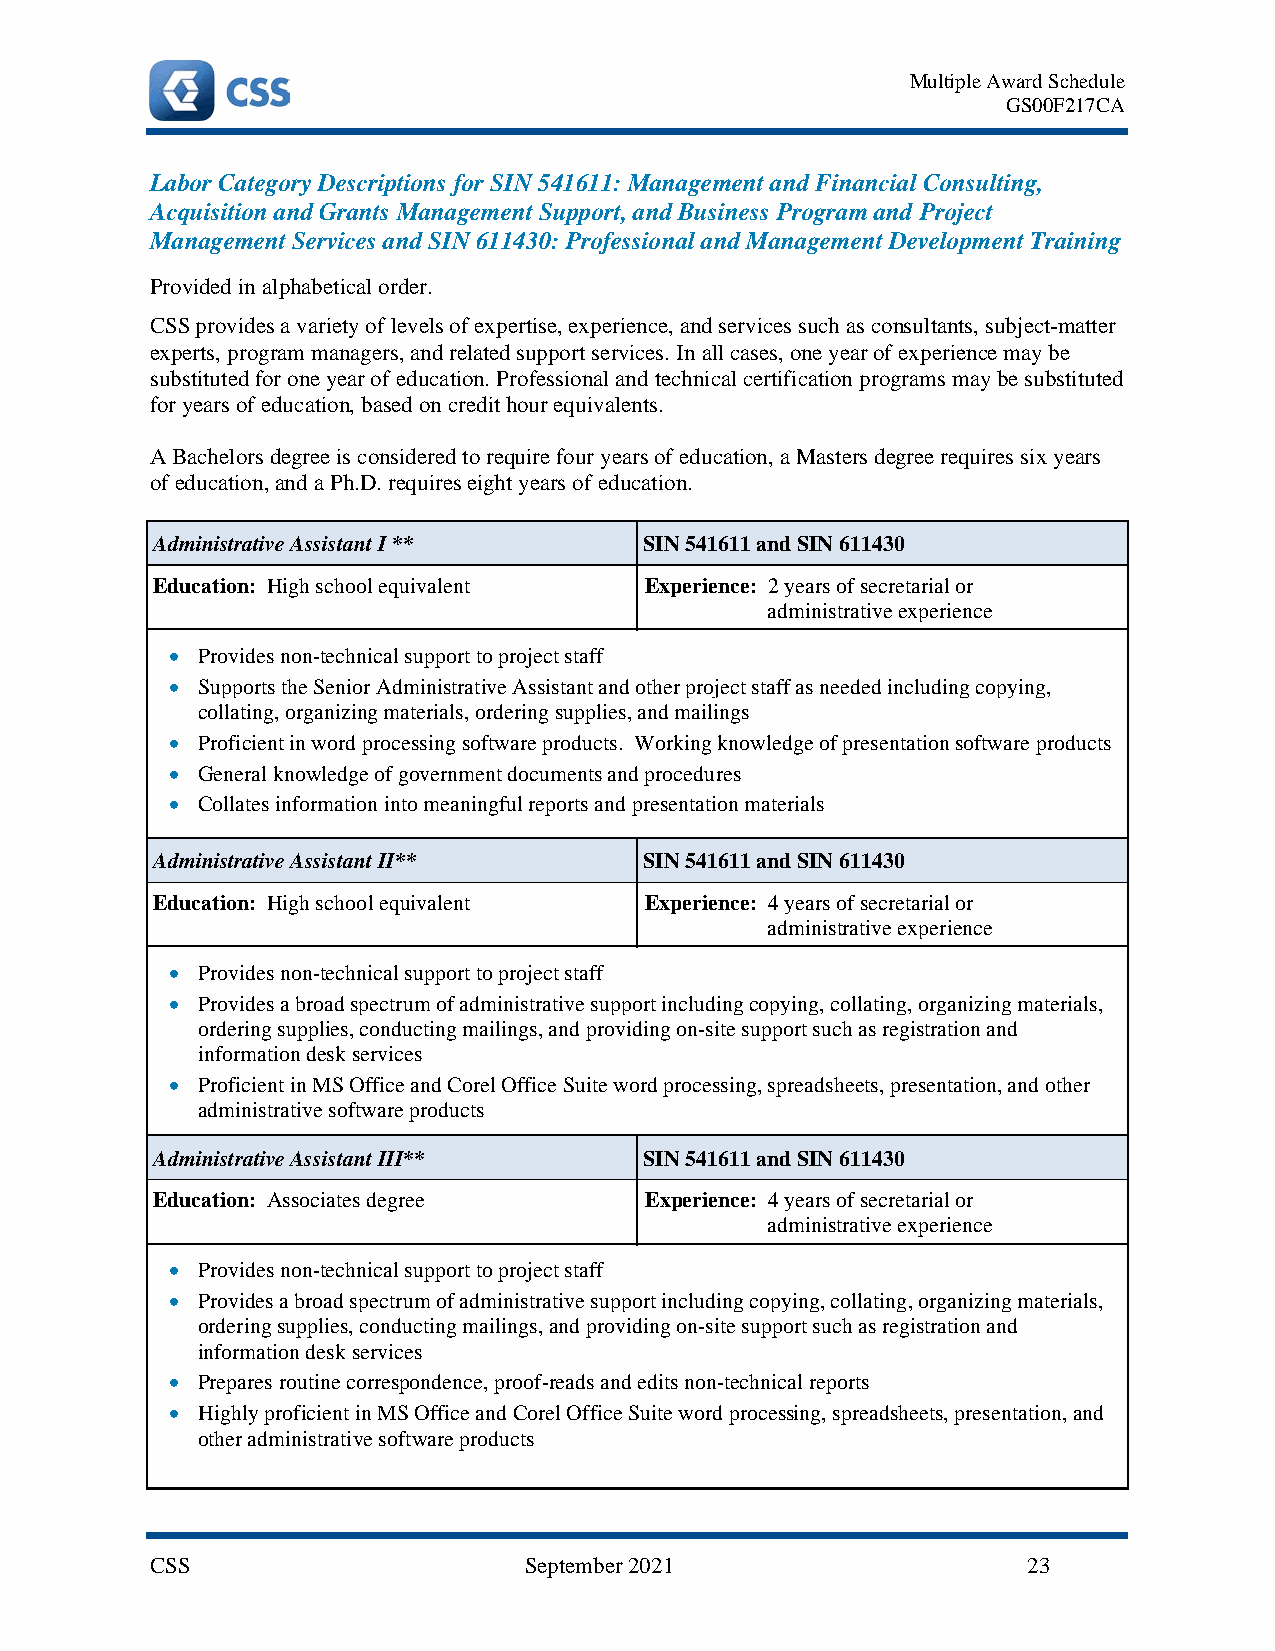
Multiple Award Schedule
 GS00F217CA
 Labor Category Descriptions for SIN 541611: Management and Financial Consulting,
 Acquisition and Grants Management Support, and Business Program and Project
 Management Services and SIN 611430: Professional and Management Development Training
 Provided in alphabetical order.
 CSS provides a variety of levels of expertise, experience, and services such as consultants, subject-matter
 experts, program managers, and related support services. In all cases, one year of experience may be
 substituted for one year of education. Professional and technical certification programs may be substituted
 for years of education, based on credit hour equivalents.
 A Bachelors degree is considered to require four years of education, a Masters degree requires six years
 of education, and a Ph.D. requires eight years of education.
 Administrative Assistant I **    SIN 541611 and SIN 611430
 Education: High school equivalent Experience: 2 years of secretarial or
 administrative experience
 • Provides non-technical support to project staff
 • Supports the Senior Administrative Assistant and other project staff as needed including copying,
 collating, organizing materials, ordering supplies, and mailings
 • Proficient in word processing software products. Working knowledge of presentation software products
 • General knowledge of government documents and procedures
 • Collates information into meaningful reports and presentation materials
 Administrative Assistant II**    SIN 541611 and SIN 611430
 Education: High school equivalent Experience: 4 years of secretarial or
 administrative experience
 • Provides non-technical support to project staff
 • Provides a broad spectrum of administrative support including copying, collating, organizing materials,
 ordering supplies, conducting mailings, and providing on-site support such as registration and
 information desk services
 • Proficient in MS Office and Corel Office Suite word processing, spreadsheets, presentation, and other
 administrative software products
 Administrative Assistant III**   SIN 541611 and SIN 611430
 Education: Associates degree     Experience: 4 years of secretarial or
 administrative experience
 • Provides non-technical support to project staff
 • Provides a broad spectrum of administrative support including copying, collating, organizing materials,
 ordering supplies, conducting mailings, and providing on-site support such as registration and
 information desk services
 • Prepares routine correspondence, proof-reads and edits non-technical reports
 • Highly proficient in MS Office and Corel Office Suite word processing, spreadsheets, presentation, and
 other administrative software products
 CSS                      September 2021                   23